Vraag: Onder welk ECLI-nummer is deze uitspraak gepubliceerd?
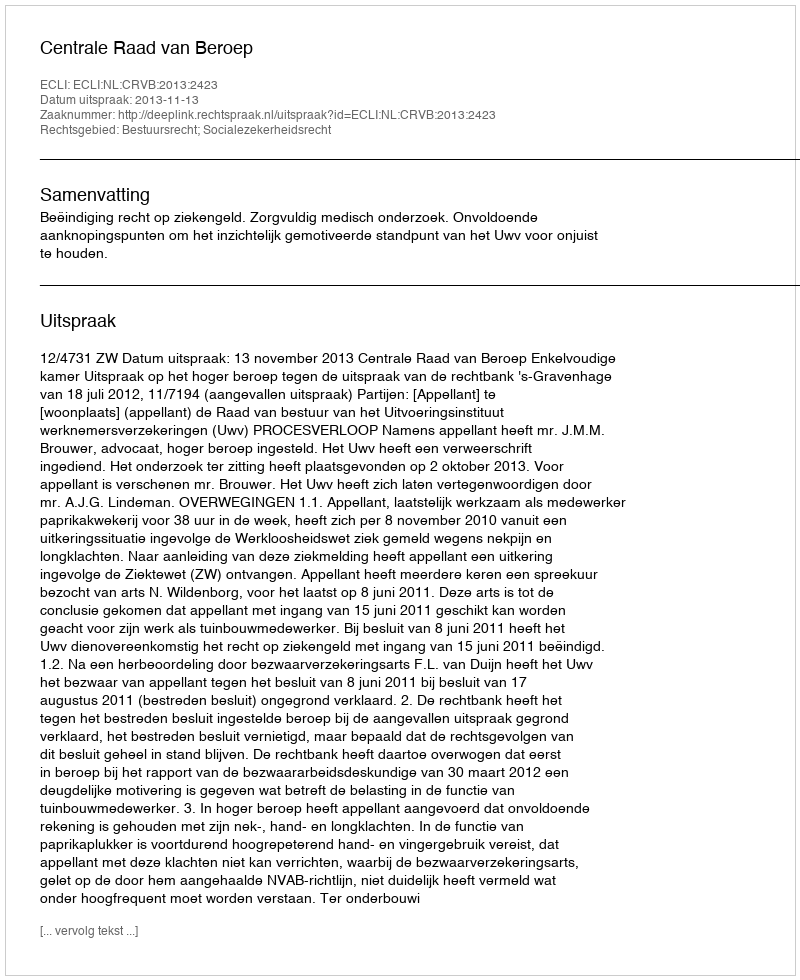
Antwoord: ECLI:NL:CRVB:2013:2423